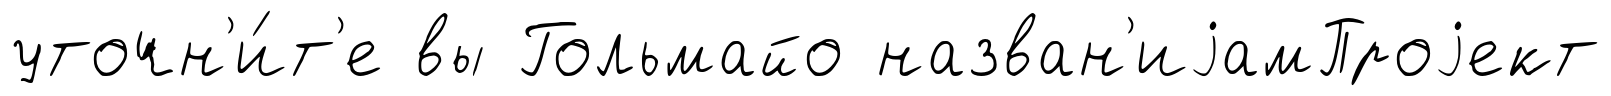
уточн'и́т'е вы Гольмайо назван'иjамПроjект